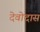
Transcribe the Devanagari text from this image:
देवोदास